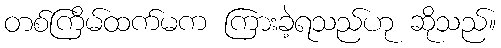
တစ်ကြိမ်ထက်မက ကြားခဲ့ရသည်ဟု ဆိုသည်။